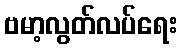
ဗမာ့လွတ်လပ်ရေး